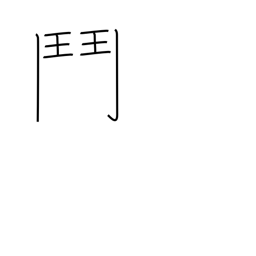
Meaning: broken gate radical (no. 191)